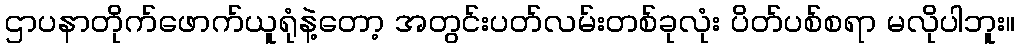
ဌာပနာတိုက်ဖောက်ယူရုံနဲ့တော့ အတွင်းပတ်လမ်းတစ်ခုလုံး ပိတ်ပစ်စရာ မလိုပါဘူး။